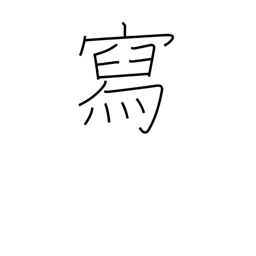
Meaning: describe